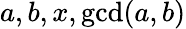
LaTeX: a,b,x,\operatorname*{gcd}(a,b)